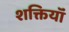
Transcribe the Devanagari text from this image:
शक्तियॉं